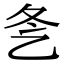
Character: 㐑